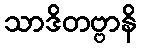
သာဒိတဗ္ဗာနိ